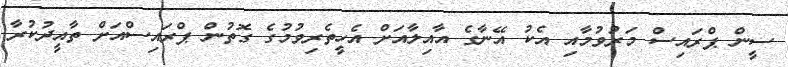
ސީން ޕްރައިސް މަރުވުމާއި އެކު އޭނާގެ އާއިލާއަށް އެހީތެރިވުމުގެ ގޮތުން ޕްރައިސްއަށް ތާއީދުކުރާ